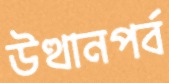
উত্থানপর্ব